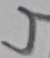
Text: 4